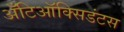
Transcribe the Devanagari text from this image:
अँटिऑक्सिडंटस